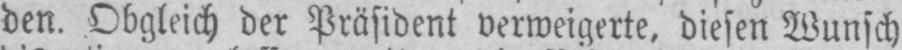
den. Obgleich der Präsident verweigerte, diesen Wunsch